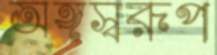
অঙ্গস্বরূপ